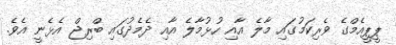
ޕީޕީއެމްގެ ވެރިކަމުގައި މާލެ އާއި ހުޅުމާލެ އާއި ދެމެދުގައި ބްރިޖް އެޅެނީ އެވެ.